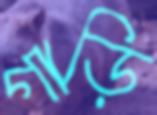
গাড়ি